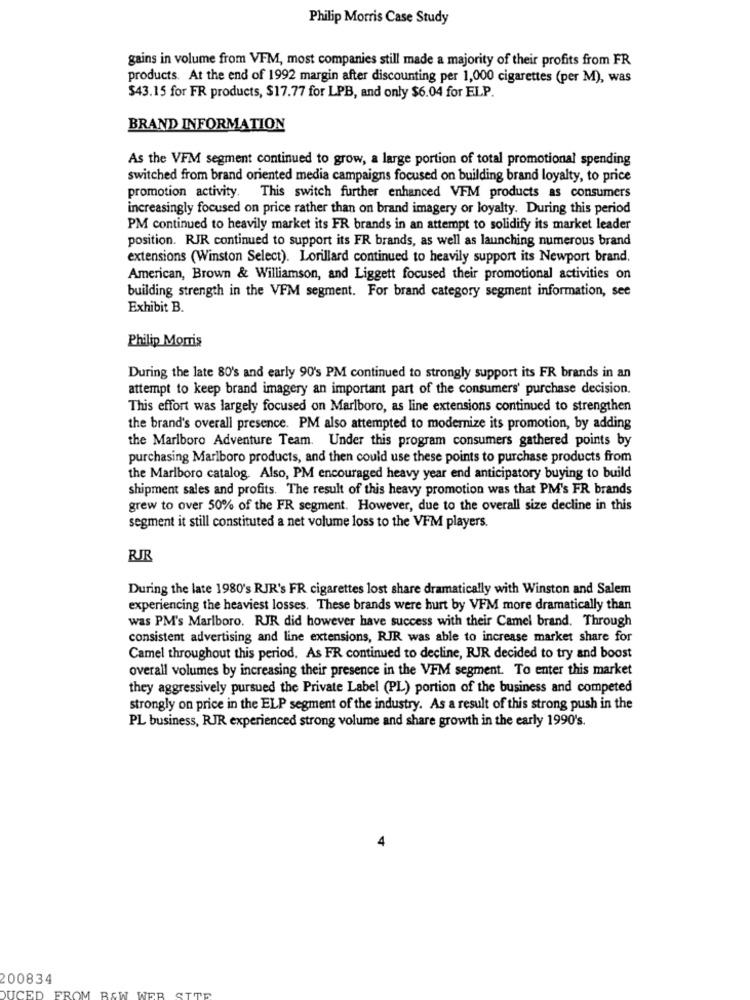
Philip Morris Case Study
gains in volume from VFM, most companies still made a majority of their profits from FR
products. At the end of 1992 margin after discounting per 1,000 cigarettes (per M), was
$43.15 for FR products, $17.77 for LPB, and only $6.04 for ELP.
BRAND INFORMATION
As the VFM segment continued to grow, a large portion of total promotional spending
switched from brand oriented media campaigns focused on building brand loyalty, to price
promotion activity.
This switch further enhanced VFM products as consumers
increasingly focused on price rather than on brand imagery or loyalty. During this period
PM continued to heavily market its FR brands in an attempt to solidify its market leader
position. RJR continued to support its FR brands, as well as launching numerous brand
extensions (Winston Select). Lorillard continued to heavily support its Newport brand.
American, Brown & Williamson, and Liggett focused their promotional activities on
building strength in the VFM segment. For brand category segment information, see
Exhibit B.
Philip Morris
During the late 80's and early 90's PM continued to strongly support its FR brands in an
attempt to keep brand imagery an important part of the consumers' purchase decision.
This effort was largely focused on Marlboro, as line extensions continued to strengthen
the brand's overall presence. PM also attempted to modernize its promotion, by adding
the Marlboro Adventure Team. Under this program consumers gathered points by
purchasing Marlboro products, and then could use these points to purchase products from
the Marlboro catalog. Also, PM encouraged heavy year end anticipatory buying to build
shipment sales and profits. The result of this heavy promotion was that PM's FR brands
grew to over 50% of the FR segment. However, due to the overall size decline in this
segment it still constituted a net volume loss to the VFM players.
RJR
During the late 1980's RJR's FR cigarettes lost share dramatically with Winston and Salem
experiencing the heaviest losses. These brands were hurt by VFM more dramatically than
was PM's Marlboro. RJR did however have success with their Camel brand. Through
consistent advertising and line extensions, RIR was able to increase market share for
Camel throughout this period. As FR continued to decline, RJR decided to try and boost
overall volumes by increasing their presence in the VFM segment. To enter this market
they aggressively pursued the Private Label (PL) portion of the business and competed
strongly on price in the ELP segment of the industry. As a result of this strong push in the
PL business, RJR experienced strong volume and share growth in the early 1990's.
200834
FROM BEW WEB
DUCED
STTE